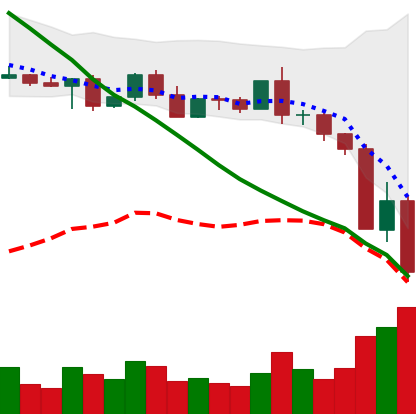
Ticker: BNB-USD
Chart end date: 2022-05-11
Forward return: 10.278%
Label: up_7plus